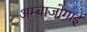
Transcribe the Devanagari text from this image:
अम्बाजोगाई